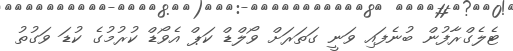
ޓެލެގްރާފުން ބުނެފައި ވަނީ ގަތަރަށް ވޯލްޑް ކަޕް އެވޯޑް ކުރުމުގެ ކުޑަ ވަގުތު